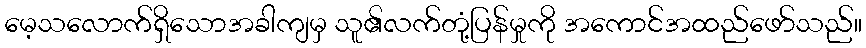
မေ့သလောက်ရှိသောအခါကျမှ သူ၏လက်တုံ့ပြန်မှုကို အကောင်အထည်ဖော်သည်။